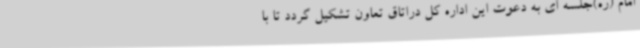
امام (ره)جلسه ای به دعوت این اداره کل دراتاق تعاون تشکیل گردد تا با